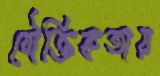
যৌক্তিকতায়